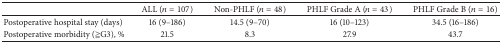
|  | ALL (n = 107) | Non-PHLF (n = 48) | PHLF Grade A (n = 43) | PHLF Grade B (n = 16) |
 | --- | --- | --- | --- | --- |
 | Postoperative hospital stay (days) | 16 (9–186) | 14.5 (9–70) | 16 (10–123) | 34.5 (16–186) |
 | Postoperative morbidity (≧G3), % | 21.5 | 8.3 | 27.9 | 43.7 |